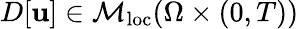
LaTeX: D[\mathbf{u}]\in\mathcal{{M}}_{\mathrm{{loc}}}(\Omega\times(0,T))